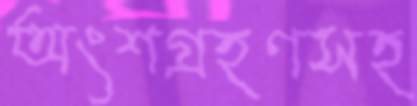
অংশগ্রহণসহ